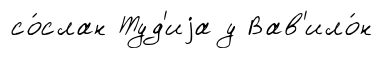
со́слан Туд'иjа у Вав'ило́н